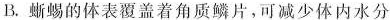
B.蜥蜴的体表覆盖着角质鳞片，可减少体内水分